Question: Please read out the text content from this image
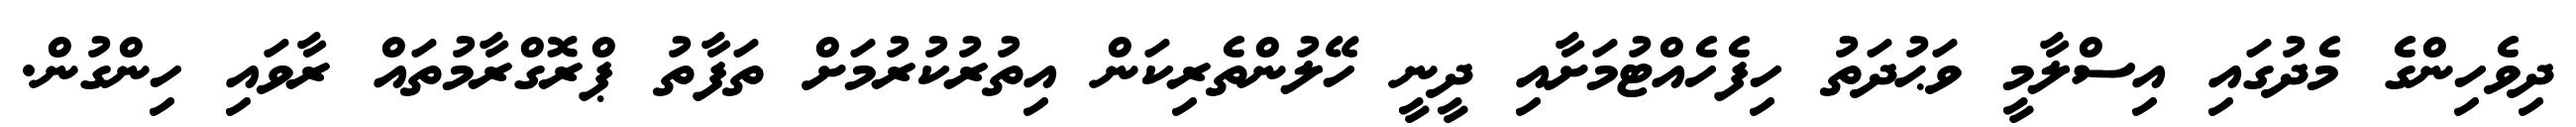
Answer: ދިވެހިންގެ މެދުގައި އިސްލާމީ ވަޙުދަތު ހިފެހެއްޓުމަށާއި ދީނީ ހޭލުންތެރިކަން އިތުރުކުރުމަށް ތަފާތު ޕްރޮގްރާމުތައް ރާވައި ހިންގުން.